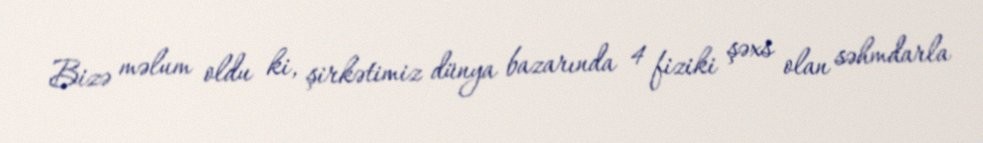
Bizə məlum oldu ki, şirkətimiz dünya bazarında 4 fiziki şəxs olan səhmdarla